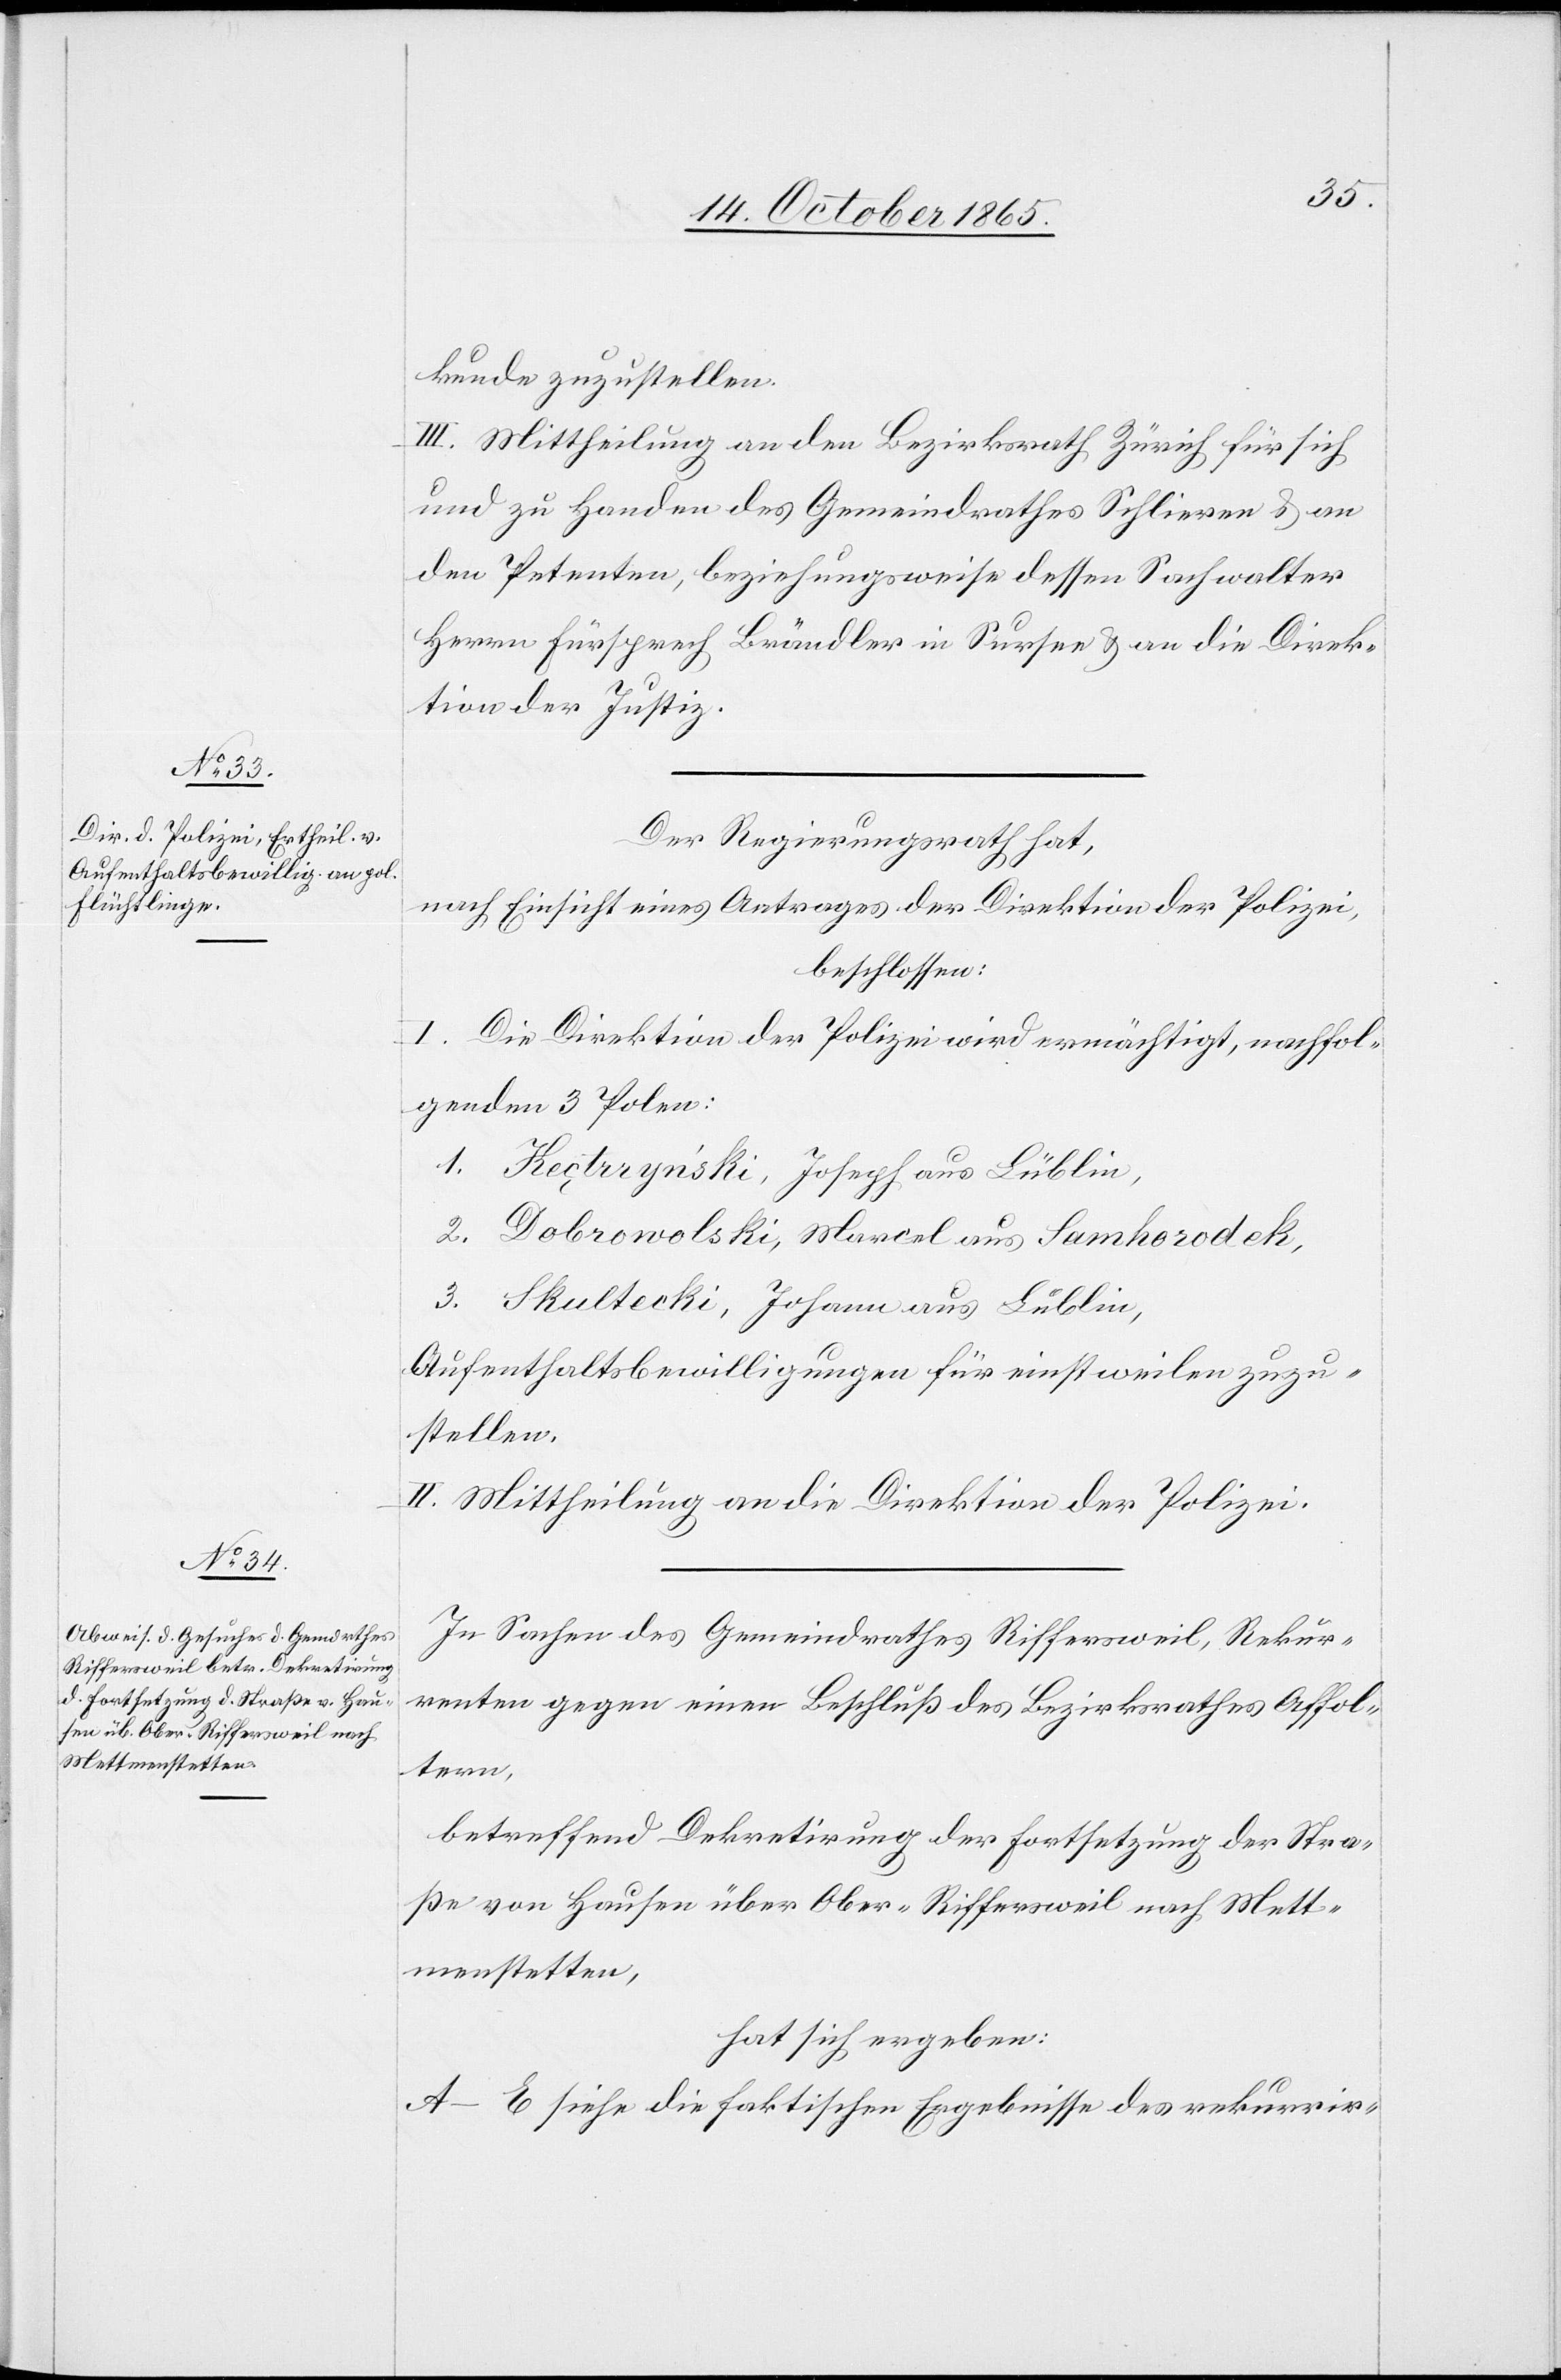
kunde zuzustellen.
III. Mittheilung an den Bezirksrath Zürich für sich
und zu Handen des Gemeindrathes Schlieren & an
den Petenten, beziehungsweise dessen Sachwalter
Herrn Fürsprech Brändler in Sursee & an die Direk¬
tion der Justiz.
Der Regierungsrath hat,
nach Einsicht eines Antrages der Direktion der Polizei,
beschlossen:
I.
Die Direktion der Polizei wird ermächtigt, nachfol¬
genden 3 Polen:
1. Keçtrrynski, Joseph aus Lüblin
2. Dobrowolski, Marcel aus Samhorodek,
2. Skultecki, Johann aus Lublin,
Aufenthaltsbewilligungen für einstweilen zuzu¬
stellen.
II. Mittheilung an die Direktion der Polizei.
In Sachen des Gemeindrathes Riffersweil, Rekur¬
renten gegen einen Beschluß des Bezirksrathes Affol¬
tern,
betreffend Dekretirung der Fortsetzung der Stra¬
ße von Hausen über Ober-Riffersweil nach Mett¬
menstetten,
hat sich ergeben:
A–E siehe die faktischen Ergebnisse des rekurrir-